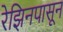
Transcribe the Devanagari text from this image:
रेझिनपासून